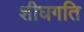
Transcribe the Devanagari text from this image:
शीघगति